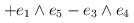
\begin{align*}+e_{1}\wedge e_{5}-e_{3}\wedge e_{4}\end{align*}